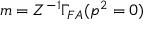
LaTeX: m = Z ^ { - 1 } \Gamma _ { F A } ( p ^ { 2 } = 0 )